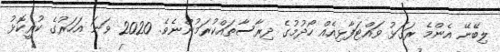
ލިބޭނޭ އެންމެ ރަގަޅު ވައްޓަފާޅިއެއް ހޯދުމުގެ ދިރާސާތައްކުރަމުންނެވެ. 2020 ވަނަ އަހަރުގެ ކުރީކޮޅު